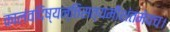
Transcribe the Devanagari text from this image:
कालंवदिष्यन्तिसत्यमीशंतमेवच।